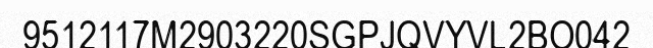
9512117M2903220SGPJQVYVL2BO042